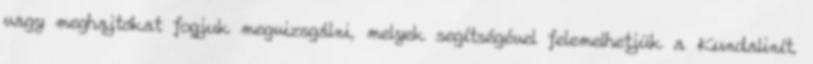
vagy meghajtókat fogjuk megvizsgálni, melyek segítségével felemelhetjük a Kundalinít.